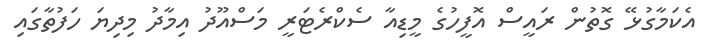
އެކަމާގުޅޭ ގޮތުން ރައީސް އޮފީހުގެ މީޑިއާ ސެކްރެޓަރީ މަސްއޫދު އިމާދު މިދިޔަ ހަފުތާގައި